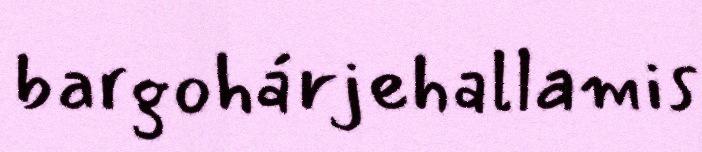
bargohárjehallamis